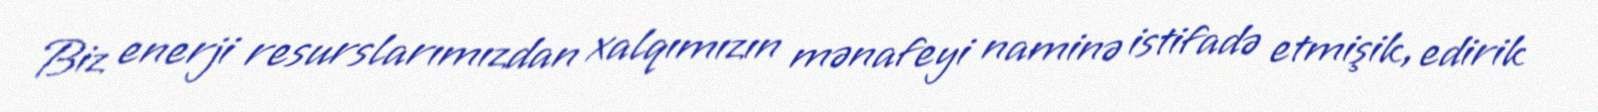
Biz enerji resurslarımızdan xalqımızın mənafeyi naminə istifadə etmişik, edirik